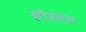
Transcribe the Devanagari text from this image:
सोरसन